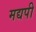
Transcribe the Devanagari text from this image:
मद्यपी